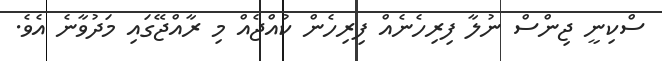
ސްކިނީ ޖިންސް ނުލާ ފިރިހެނެއް ފިރިހެން ކުއްޖެއް މި ރާއްޖޭގައި މަދުވާނެ އެވެ.